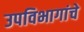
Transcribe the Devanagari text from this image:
उपविभागांचे